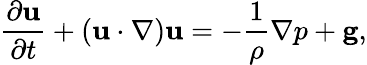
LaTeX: \frac{\partial{\mathbf u}}{\partial t}+\left({\mathbf u}\cdot\nabla\right){\mathbf u}=-\frac{1}{\rho}\nabla p+{\mathbf g},